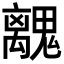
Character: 𮫧